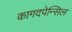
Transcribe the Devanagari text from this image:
कागदपेन्सिल